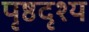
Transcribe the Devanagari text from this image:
पृष्ठदृश्य